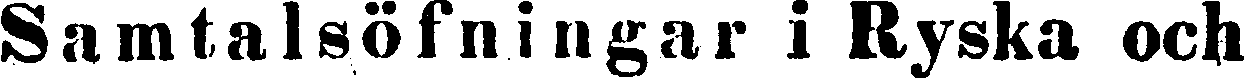
Samtalsöfningår i Ryska och